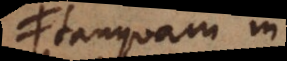
tanquam ad